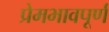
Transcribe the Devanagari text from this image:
प्रेमभावपूर्ण